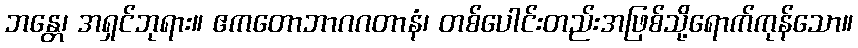
ဘန္တေ၊ အရှင်ဘုရား။ ဧကတောဘာဂဂတာနံ၊ တစ်ပေါင်းတည်းအဖြစ်သို့ရောက်ကုန်သော။